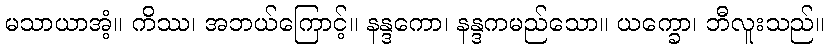
မသာယာအံ့။ ကိဿ၊ အဘယ်ကြောင့်။ နန္ဒကော၊ နန္ဒကမည်သော။ ယက္ခော၊ ဘီလူးသည်။